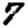
Digit: 7